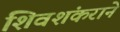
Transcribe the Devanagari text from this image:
शिवशंकराने